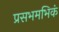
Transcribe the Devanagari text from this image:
प्रसभमभिकं